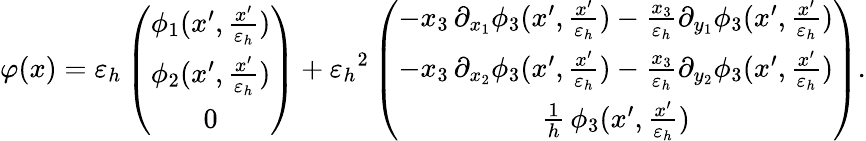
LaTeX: \varphi(x)={\varepsilon_{h}}\left(\begin{array}{c}{\phi_{1}(x^{\prime},\frac{x^{\prime}}{{\varepsilon_{h}}})}\\ {\phi_{2}(x^{\prime},\frac{x^{\prime}}{{\varepsilon_{h}}})}\\ {0}\end{array}\right)+{\varepsilon_{h}}^{2}\left(\begin{array}{c}{-x_{3}\, \partial_{x_{1}}\phi_{3}(x^{\prime},\frac{x^{\prime}}{{\varepsilon_{h}}})-\frac{x_{3}}{{\varepsilon_{h}}}\partial_{y_{1}}\phi_{3}(x^{\prime},\frac{x^{\prime}}{{\varepsilon_{h}}})}\\ {-x_{3}\, \partial_{x_{2}}\phi_{3}(x^{\prime},\frac{x^{\prime}}{{\varepsilon_{h}}})-\frac{x_{3}}{{\varepsilon_{h}}}\partial_{y_{2}}\phi_{3}(x^{\prime},\frac{x^{\prime}}{{\varepsilon_{h}}})}\\ {\frac{1}{h}\, \phi_{3}(x^{\prime},\frac{x^{\prime}}{{\varepsilon_{h}}})}\end{array}\right).